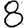
Digit: 8